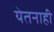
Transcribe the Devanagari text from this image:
येतनाही